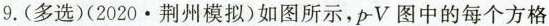
9.(多选)(2020\cdot荆州模拟)如图所示，p-V图中的每个方格